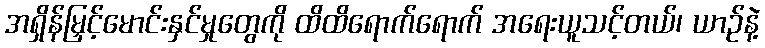
အရှိန်မြှင့်မောင်းနှင်မှုတွေကို ထိထိရောက်ရောက် အရေးယူသင့်တယ်၊ ယာဉ်နဲ့